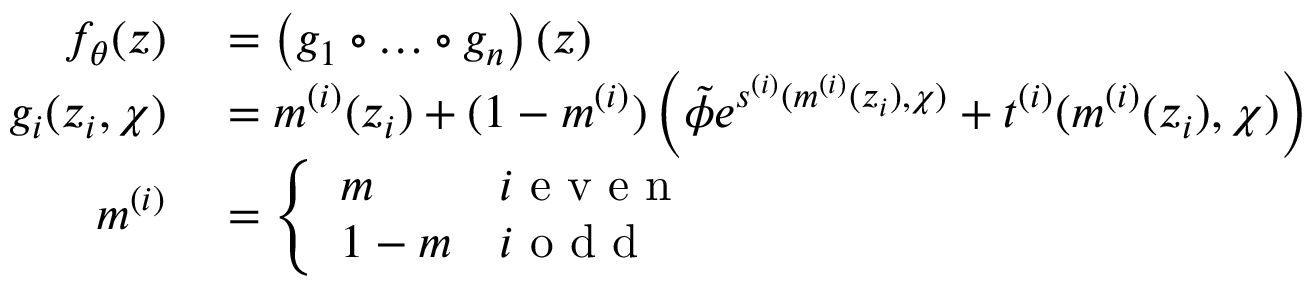
\begin{array} { r l } { f _ { \theta } ( z ) } & { { } = \left( g _ { 1 } \circ \dots \circ g _ { n } \right) ( z ) } \\ { g _ { i } ( z _ { i } , \chi ) } & { { } = m ^ { ( i ) } ( z _ { i } ) + ( 1 - m ^ { ( i ) } ) \left( \tilde { \phi } e ^ { s ^ { ( i ) } ( m ^ { ( i ) } ( z _ { i } ) , \chi ) } + t ^ { ( i ) } ( m ^ { ( i ) } ( z _ { i } ) , \chi ) \right) } \\ { m ^ { ( i ) } } & { { } = \left\{ \begin{array} { l l } { m } & { i \mathrm { ~ e ~ v ~ e ~ n ~ } } \\ { 1 - m } & { i \mathrm { ~ o ~ d ~ d ~ } } \end{array} \right. } \end{array}